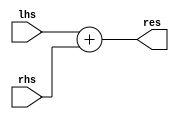
`timescale 1ns / 1ps

module ADD(
input [31:0] lhs, rhs,
output [31:0] res
);
assign res=(lhs+rhs);
endmodule